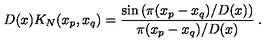
D ( x ) K _ { N } ( x _ { p } , x _ { q } ) = \frac { \sin \left( \pi ( x _ { p } - x _ { q } ) / D ( x ) \right) } { \pi ( x _ { p } - x _ { q } ) / D ( x ) } \: .